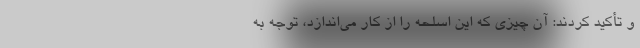
و تأکید کردند: آن چیزی که این اسلحه را از کار می‌اندازد، توجه به